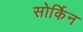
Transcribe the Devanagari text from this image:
सोर्किन